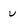
Character: v